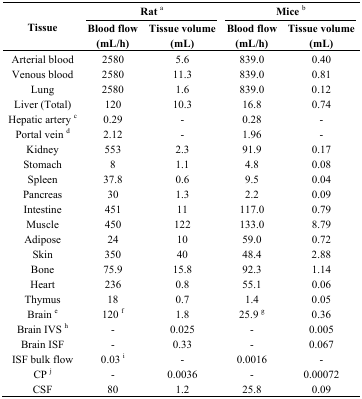
| <ROWSPAN=3> Tissue | <COLSPAN=2> Rat a | <COLSPAN=2> Mice b |
 | Blood flow | Tissue volume | Blood flow | Tissue volume |
 | (mL/h) | (mL) | (mL/h) | (mL) |
 | --- | --- | --- | --- | --- |
 | Arterial blood | 2580 | 5.6 | 839.0 | 0.40 |
 | Venous blood | 2580 | 11.3 | 839.0 | 0.81 |
 | Lung | 2580 | 1.6 | 839.0 | 0.12 |
 | Liver (Total) | 120 | 10.3 | 16.8 | 0.74 |
 | Hepatic artery c | 0.29 | - | 0.28 | - |
 | Portal vein d | 2.12 | - | 1.96 | - |
 | Kidney | 553 | 2.3 | 91.9 | 0.17 |
 | Stomach | 8 | 1.1 | 4.8 | 0.08 |
 | Spleen | 37.8 | 0.6 | 9.5 | 0.04 |
 | Pancreas | 30 | 1.3 | 2.2 | 0.09 |
 | Intestine | 451 | 11 | 117.0 | 0.79 |
 | Muscle | 450 | 122 | 133.0 | 8.79 |
 | Adipose | 24 | 10 | 59.0 | 0.72 |
 | Skin | 350 | 40 | 48.4 | 2.88 |
 | Bone | 75.9 | 15.8 | 92.3 | 1.14 |
 | Heart | 236 | 0.8 | 55.1 | 0.06 |
 | Thymus | 18 | 0.7 | 1.4 | 0.05 |
 | Brain e | 120 f | 1.8 | 25.9 g | 0.36 |
 | Brain IVS h | - | 0.025 | - | 0.005 |
 | Brain ISF | - | 0.33 | - | 0.067 |
 | ISF bulk flow | 0.03 i | - | 0.0016 | - |
 | CP j | - | 0.0036 | - | 0.00072 |
 | CSF | 80 | 1.2 | 25.8 | 0.09 |